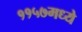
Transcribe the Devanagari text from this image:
११५७मध्ये